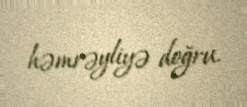
həmrəyliyə doğru.